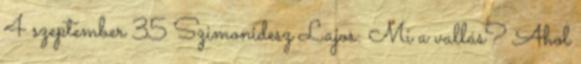
4 szeptember 35 Szimonidesz Lajos: Mi a vallás? Ahol